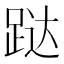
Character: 跶